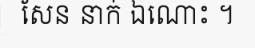
សែន នាក់ ឯណោះ ។